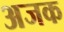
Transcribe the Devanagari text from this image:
अजक